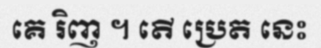
គេ រិញ ។ តើ ប្រេត នេះ